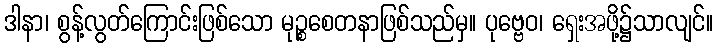
ဒါနာ၊ စွန့်လွတ်ကြောင်းဖြစ်သော မုဉ္စစေတနာဖြစ်သည်မှ။ ပုဗ္ဗေဝ၊ ရှေးအဖို့၌သာလျင်။